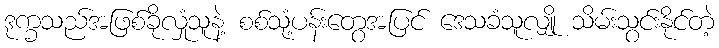
ဒုက္ခသည်အဖြစ်ခိုလှုံသူနဲ့ စစ်သုံ့ပန်းတွေအပြင် ဒေသခံသူလျှို သိမ်းသွင်းနိုင်တဲ့